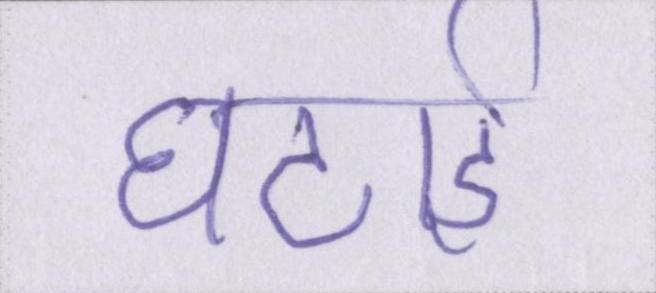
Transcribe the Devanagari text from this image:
घटाई